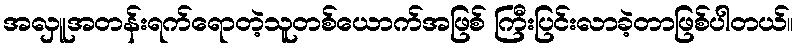
အလှူအတန်းရက်ရောတဲ့သူတစ်ယောက်အဖြစ် ကြီးပြင်းလာခဲ့တာဖြစ်ပါတယ်။